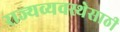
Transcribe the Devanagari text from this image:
राज्यव्यवस्थेसाठी